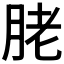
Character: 𦚱